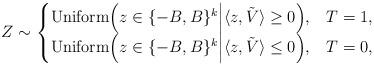
LaTeX: \begin{align*} Z \sim \begin{cases} \mathrm{Uniform}\Big(z \in \{-B,B\}^k \Big|\langle z,\tilde{V} \rangle \geq 0\Big), & T = 1, \\ \mathrm{Uniform}\Big(z \in \{-B,B\}^k \Big|\langle z,\tilde{V} \rangle \leq 0\Big), & T = 0, \end{cases} \end{align*}